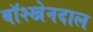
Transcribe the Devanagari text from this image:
बॉश्खेनदाल